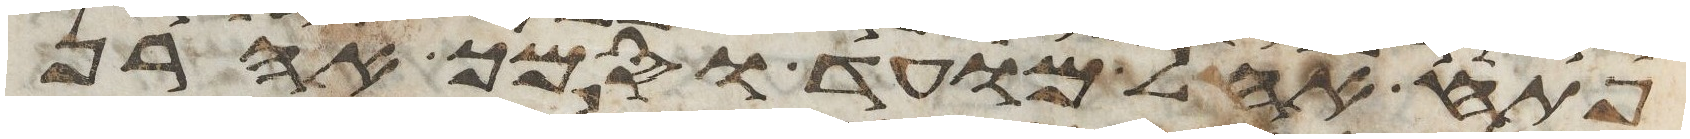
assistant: פתח אהל מועד וסמך אהרן